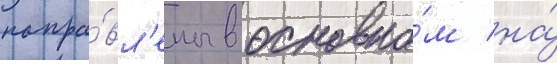
напра́вл'ены в основно́м на́